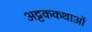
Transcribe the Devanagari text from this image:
अट्टककथाओं